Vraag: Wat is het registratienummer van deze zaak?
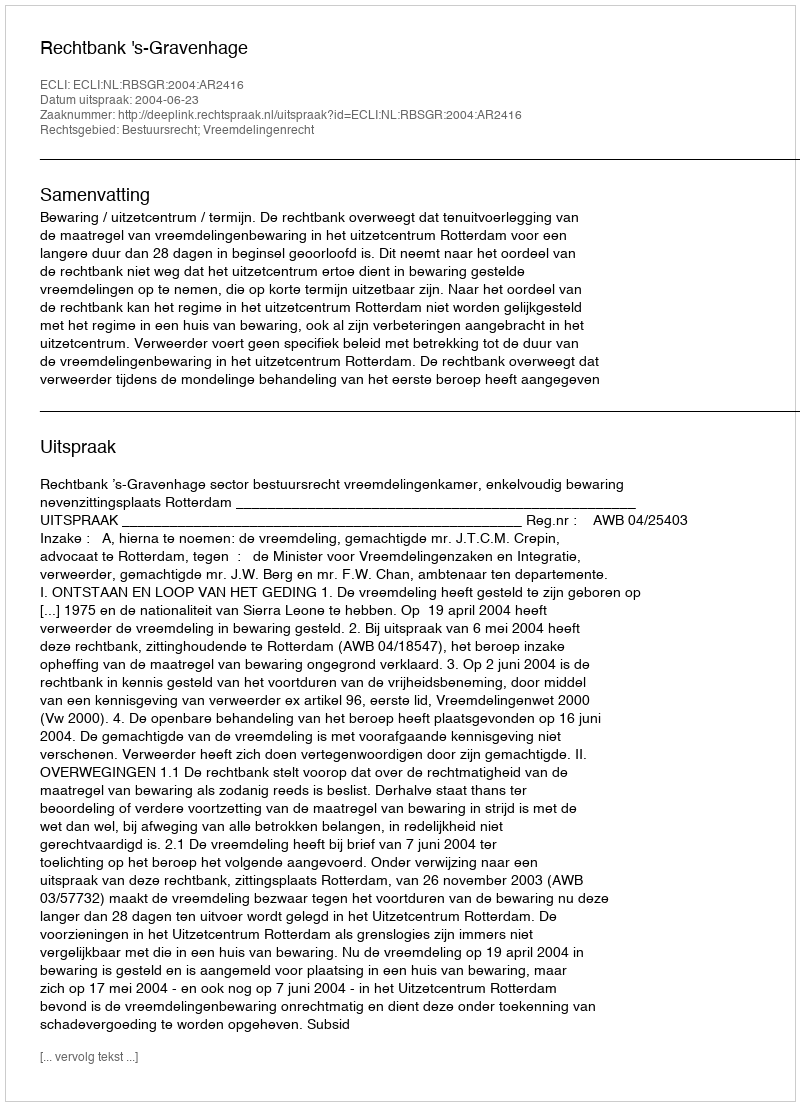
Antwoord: http://deeplink.rechtspraak.nl/uitspraak?id=ECLI:NL:RBSGR:2004:AR2416